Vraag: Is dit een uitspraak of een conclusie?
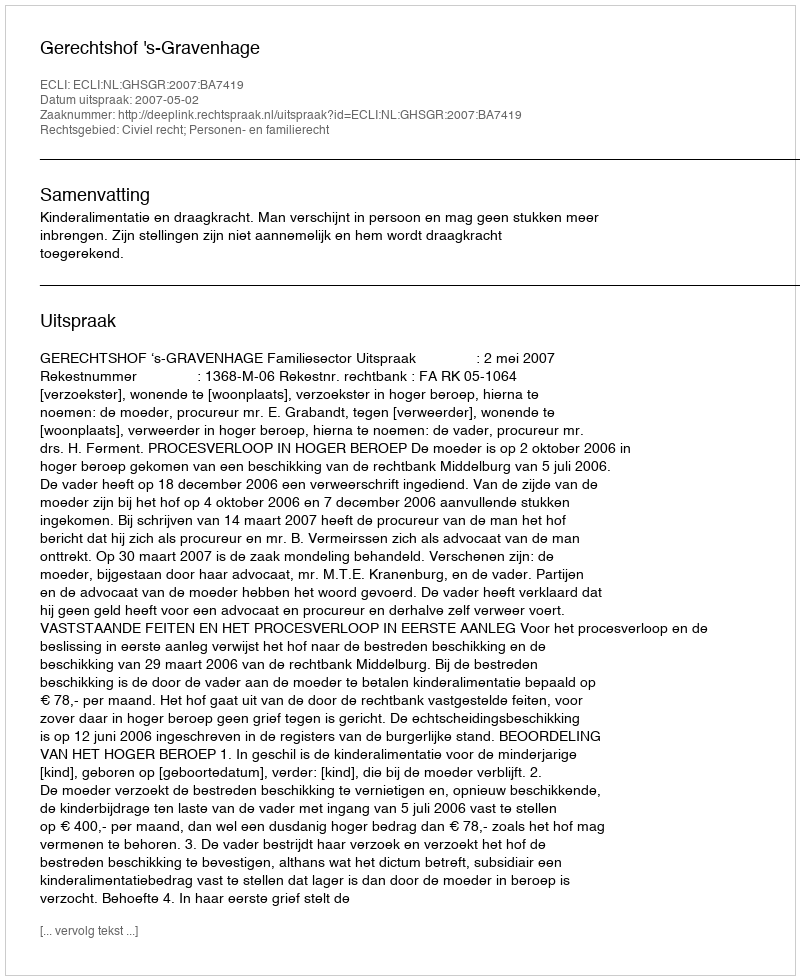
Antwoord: Uitspraak